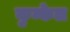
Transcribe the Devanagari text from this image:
कुन्केल